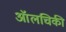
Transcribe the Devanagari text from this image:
ऑलचिकी